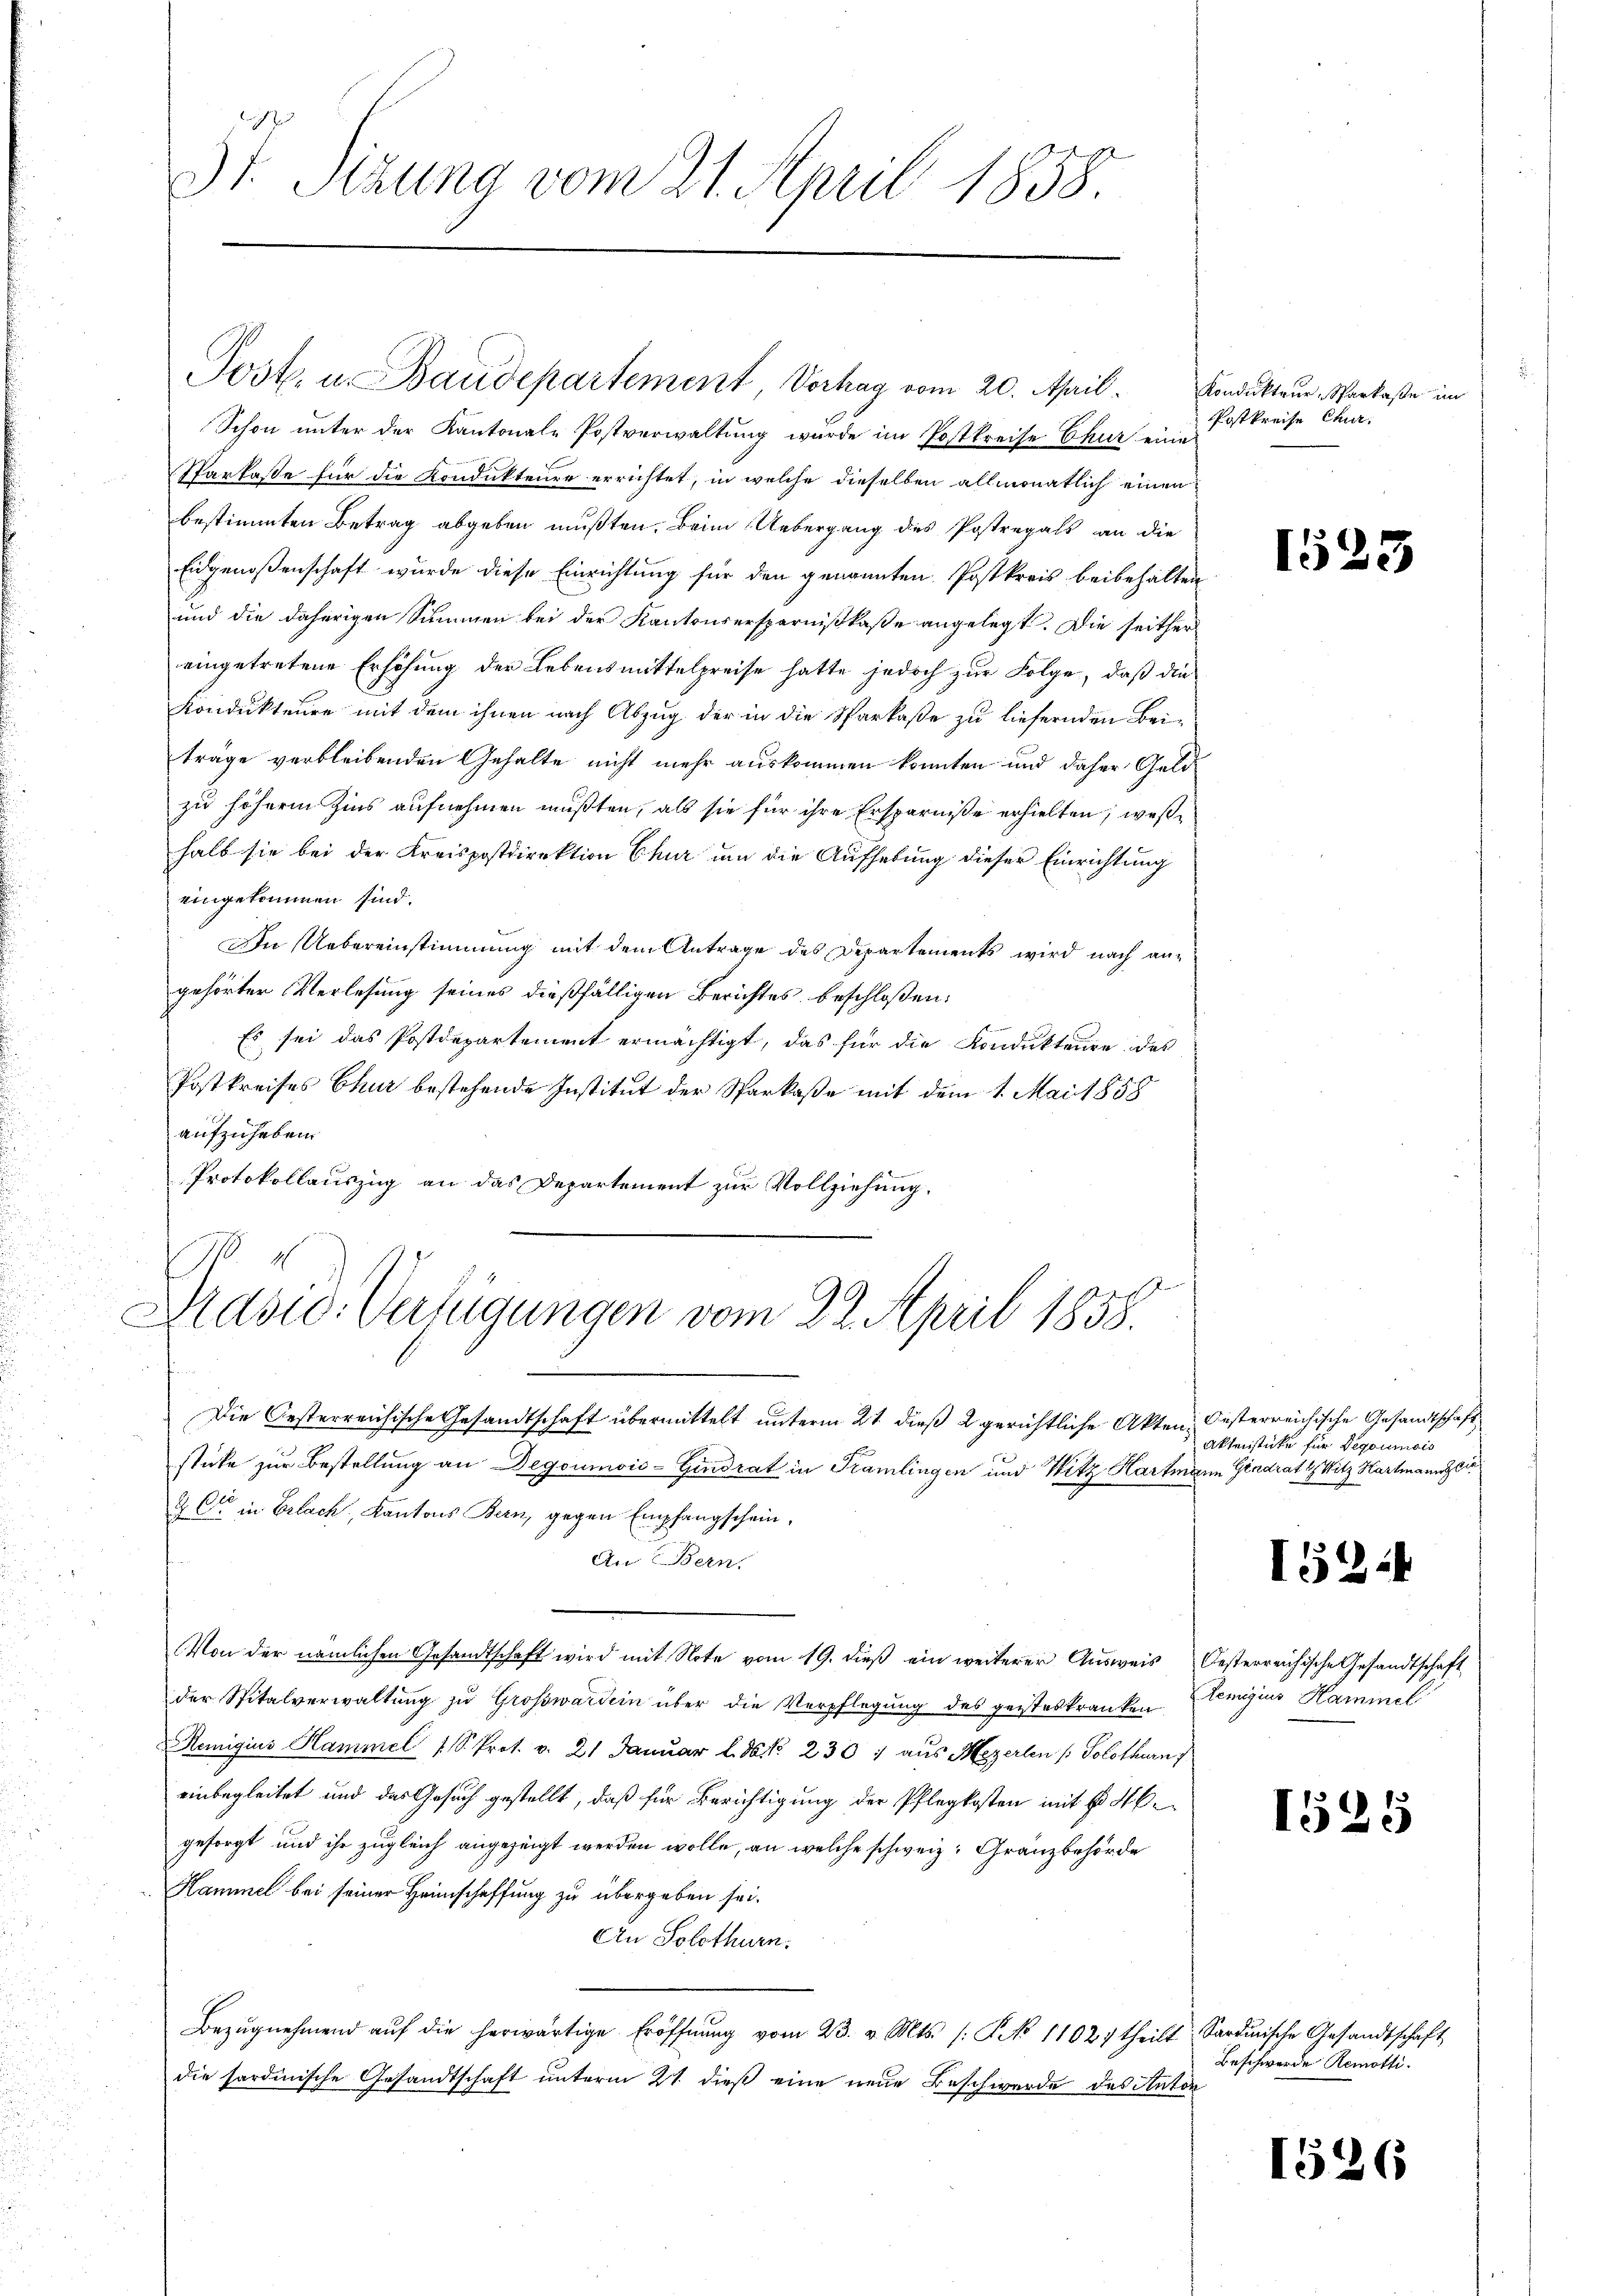
St. Sizung vom 21. April 1858.

Post. u. Baudepartement, Verhag vom 20. April.

Schon unter der Kantonale Postverwaltung wurde im Postkreise Chur eine
Sparkasse für die Kondukteure errichtet, in welche dieselben allmonatlich einen
bestimmten Betrag abgeben mußten. Beim Uebergang des Postregals an die
Eidgenoßenschaft wurde diese Einrichtung für den genannten Postkreis beibehalten
und die daherigen Summen bei der Kantonsersparnißkaße angelegt. Die seither
eingetretene Erhöhung der Lebensmittelpreise hatte jedoch zur Folge, daß die
Kondukteure mit dem ihnen nach Abzug der in die Sparkaße zu liefernden Beiträge verbleibenden Gehalte nicht mehr auskommen konnten und daher Geldzu höheren Zins aufnehmen mußten, als sie für ihre Ersparniße erhielten; weßhalb sie bei der Kreispostdirektion Chur um die Aufhebung dieser Einrichtung
eingekommen sind.
In Uebereinstimmung mit dem Antrage des Departements wird nach angehörter Verlesung seines dießfälligen Berichtes beschloßen:
Es sei das Postdepartement ermächtigt, das für die Kondukteure des
Postkreises Chur bestehende Institut der Sparkaße mit dem 1. Mai 1858
aufzuheben.
Protokollauszug an das Departement zur Vollziehung.
s
Masio: Verfügungen vom 22. April 1858.
Die Oesterreichische Gesandtschaft übermittelt unterm 21. dieß 2 gerichtliche Akten Oesterreichische Gesandtschaft
sticke zur Bestellung an Degoumois-Gindrat in Tramlingen und Witz Hartmann Gendrath Witz Hartmann zei
& Cie in Erlach, Kantons Bern, gegen Empfangschein,
An (Bern.
Von der nämlichen Gesandtschaft wird mit Note vom 19. dieβ ein weiterer Aŭsweis Oesterreichische Gesandtschaft
der Spitalverwaltung zu Großwardein über die Verpflegung des geisteskranken
Remigius Hammel 1 S. Prot. v. 21 Januar l. 86. 230 : aus Mezerlen (: Solothurn
einbegleitet und das Gesuch gestellt, daß für Berichtigung der Pflegkosten mit No 4.
gesorgt, und ihr zugleich angezeigt werden wolle, an welche schweiz. Gränzbehörde
Hammel bei seiner Heimschaffung zu übergeben sei.
An Solothurn.
Bezŭgnehmend aŭf die herwärtige Eröffnŭng vom 23. v. Mts. (: No 1102. theilt, Sardinische Gesandtschaft
die sardinische Gesandtschaft unterm 21. dieß eine neue Beschwerde des Anton

Kondukteur, Sparkaße im
Postkreise Chur.

1523

Aktenstücke für Degoumois

1524

Remigius Hammel

1525

Beschwerde Remotti.

1526